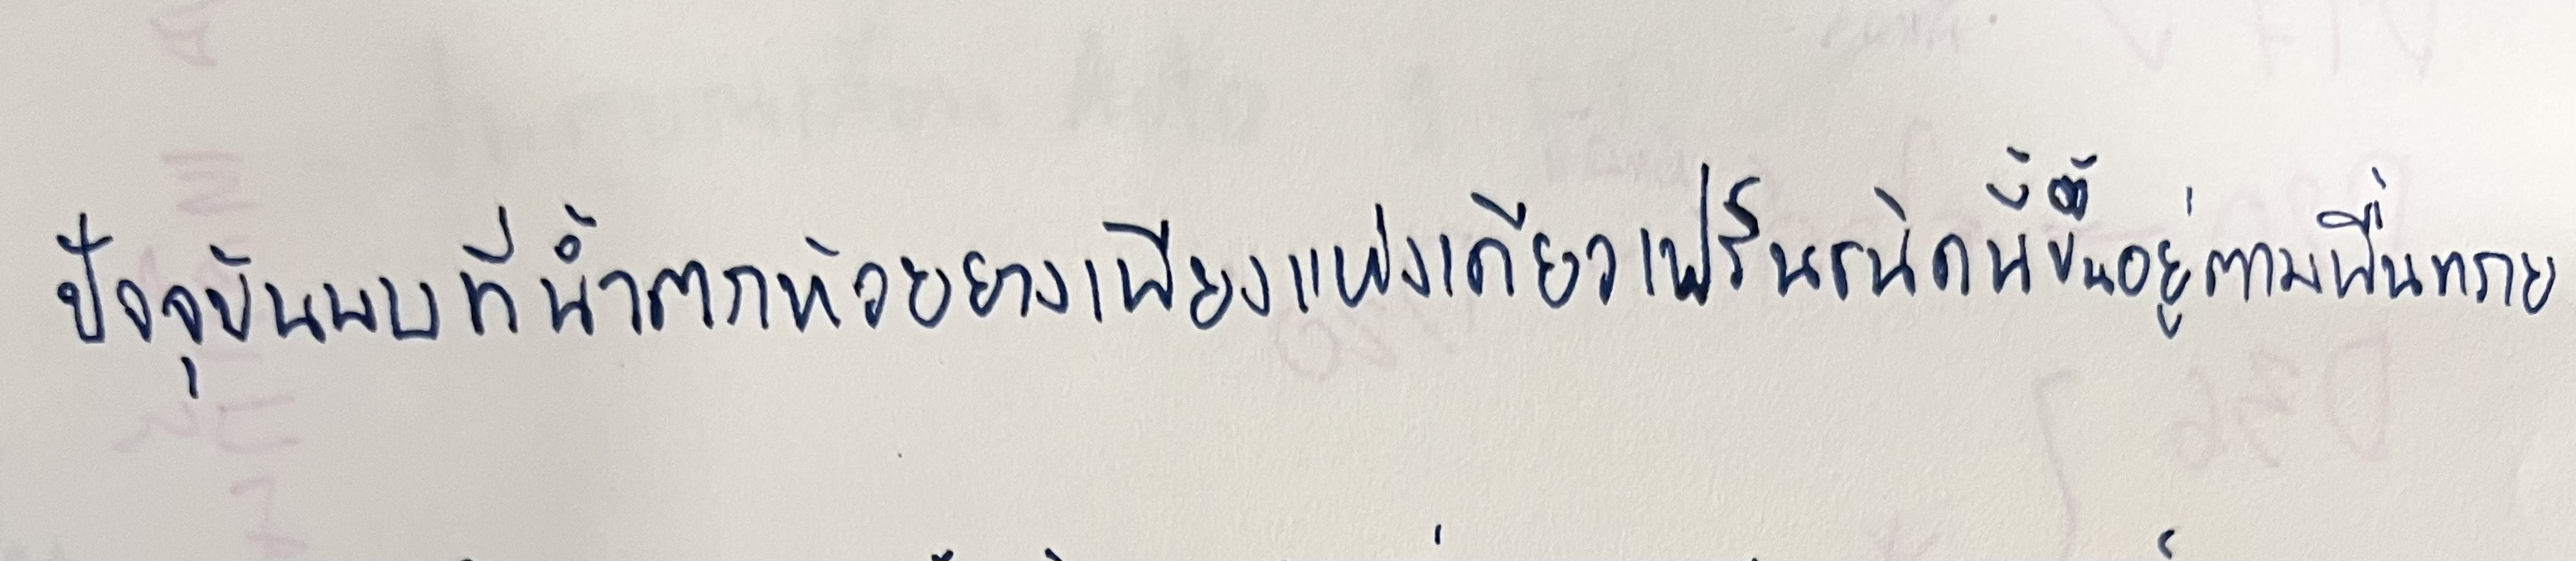
ปัจจุบันพบที่น้ำตกห้วยยางเพียงแห่งเดียวเฟิร์นชนิดนี้ขึ้นอยู่ตามพื้นทราย